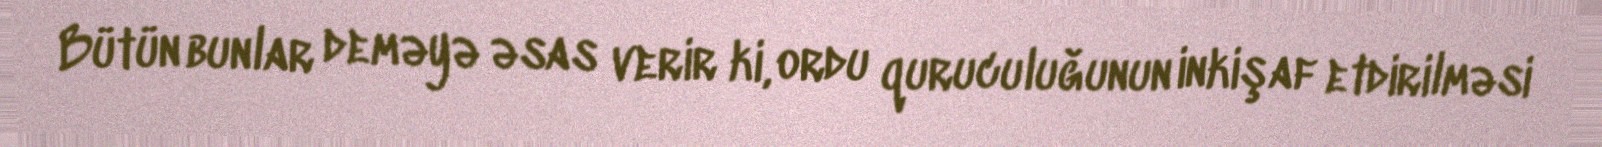
Bütün bunlar deməyə əsas verir ki, ordu quruculuğunun inkişaf etdirilməsi